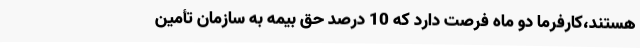
هستند،کارفرما دو ماه فرصت دارد که 10 درصد حق بیمه به سازمان تأمین